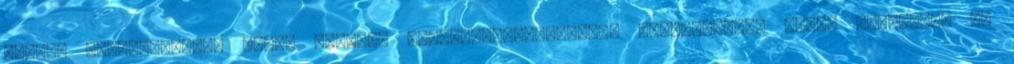
boldog Kádár-korszak alatt kiadott enciklopédiafélékből szemelgettem őket, legfőképp az